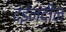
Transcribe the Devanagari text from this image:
दईनंदीन